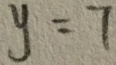
y = 7